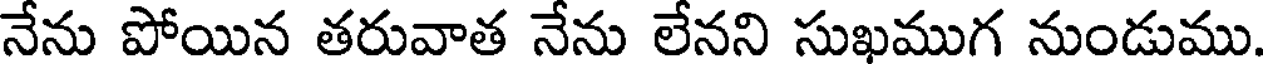
నేను పోయిన తరువాత నేను లేనని సుఖముగ నుండుము